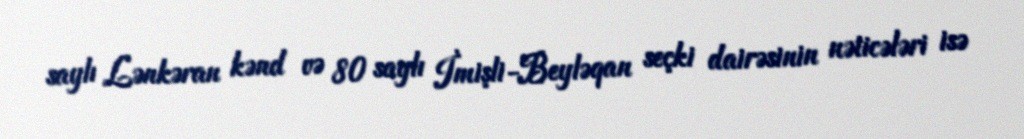
saylı Lənkəran kənd və 80 saylı İmişli-Beyləqan seçki dairəsinin nəticələri isə